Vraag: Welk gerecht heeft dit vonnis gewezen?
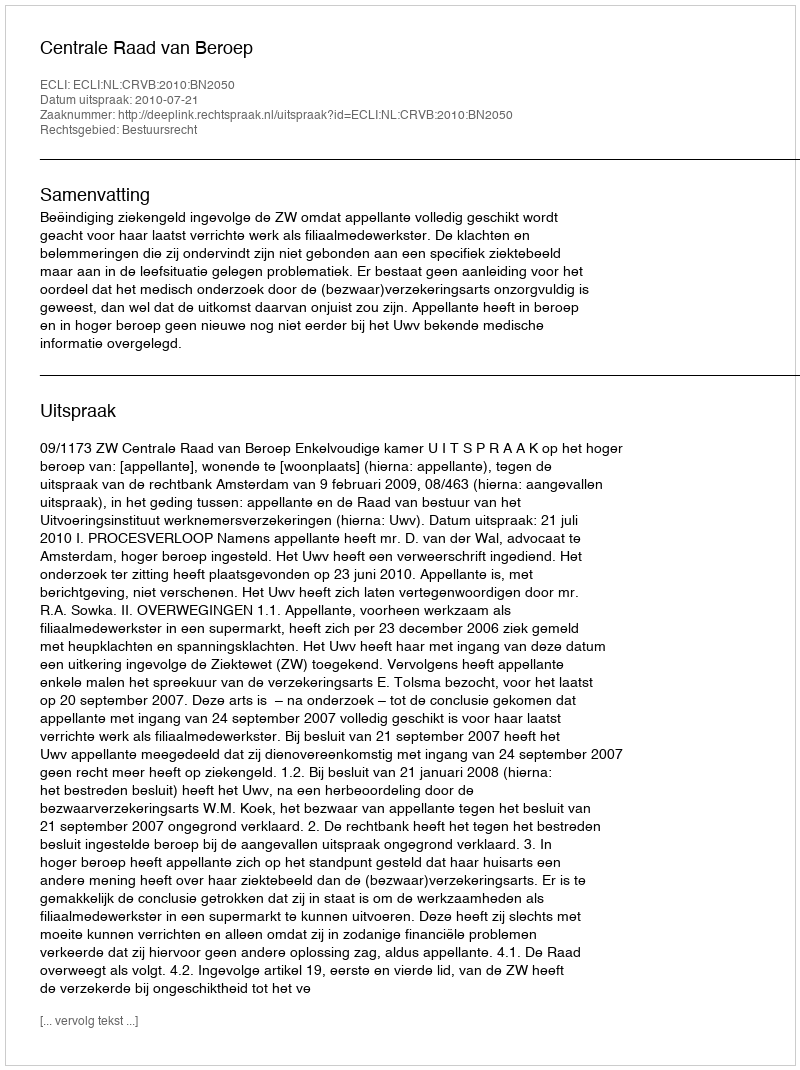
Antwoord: Centrale Raad van Beroep